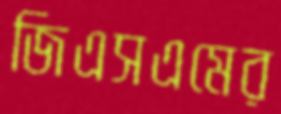
জিএসএমের